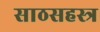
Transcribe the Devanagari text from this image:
साठसहस्त्र